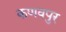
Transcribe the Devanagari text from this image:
कणवपुर